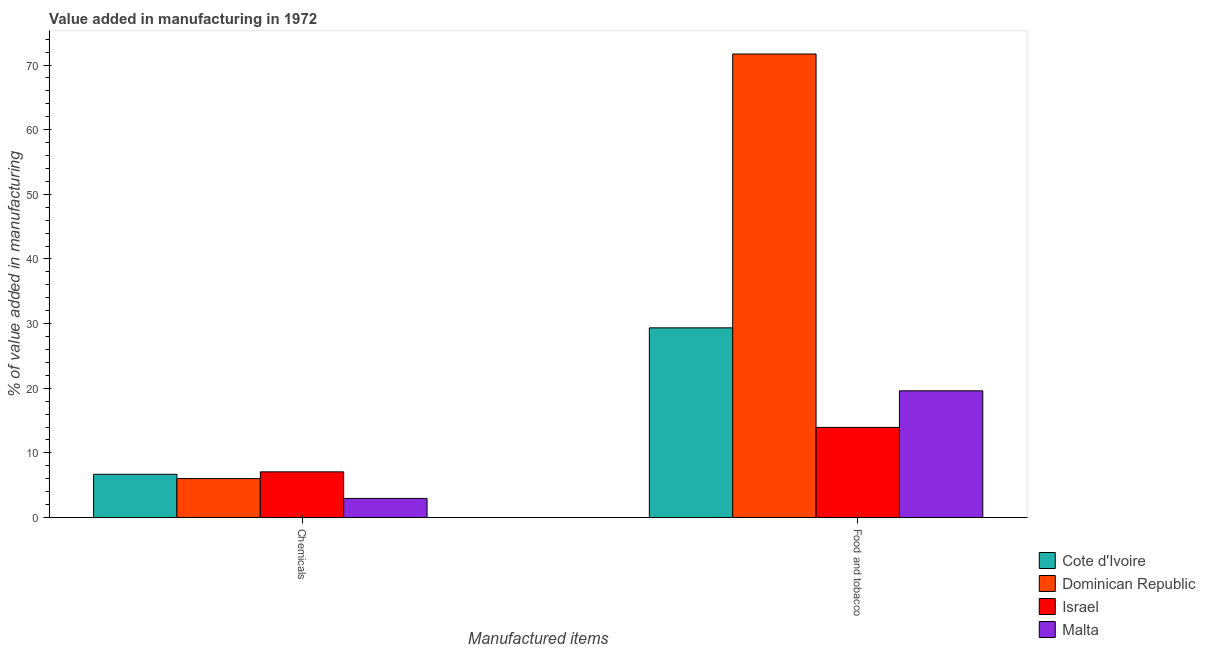
| Manufactured items | Cote d'Ivoire | Dominican Republic | Israel | Malta |
 | --- | --- | --- | --- | --- |
 | Chemicals | 6.69 | 6.03 | 7.07 | 2.96 |
 | Food and tobacco | 29.3 | 71.7 | 13.9 | 19.6 |